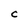
Character: C